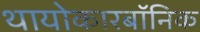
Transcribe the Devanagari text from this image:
थायोकारबॉनिक